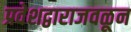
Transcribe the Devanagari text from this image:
प्रवेशद्वाराजवळून